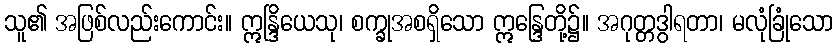
သူ၏ အဖြစ်လည်းကောင်း။ ဣန္ဒြိယေသု၊ စက္ခုအစရှိသော ဣန္ဒြေတို့၌။ အဂုတ္တဒွါရတာ၊ မလုံခြုံသော